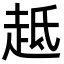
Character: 趆